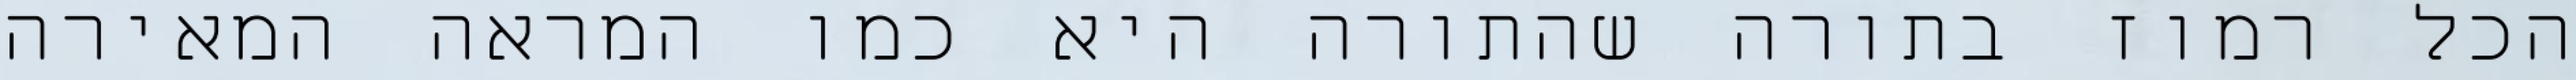
הכל רמוז בתורה שהתורה היא כמו המראה המאירה